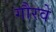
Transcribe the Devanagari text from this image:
गौरवे